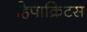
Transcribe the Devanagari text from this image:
हिपाक्रिटस